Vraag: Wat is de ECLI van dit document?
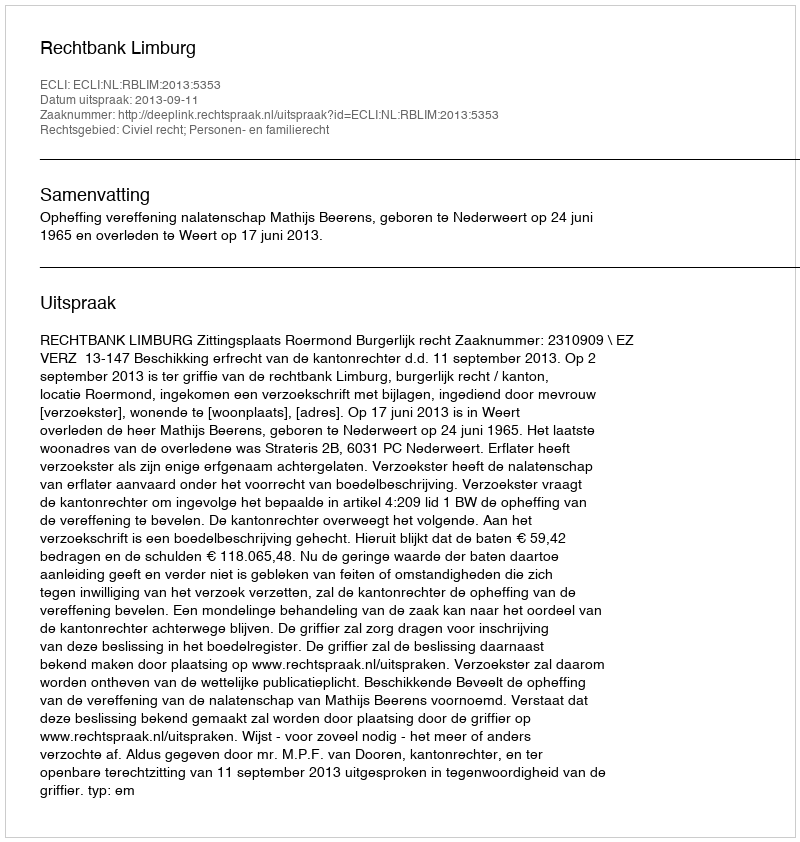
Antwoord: ECLI:NL:RBLIM:2013:5353